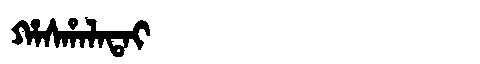
Manchu: ᡥᠠᠰᡥᠠᠯᠠᡨᠠᡳ
Romanization: HASHALATAI